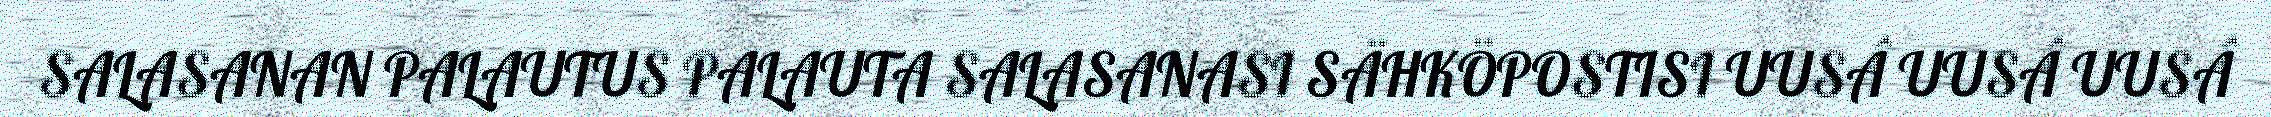
SALASANAN PALAUTUS PALAUTA SALASANASI SÄHKÖPOSTISI UUSÂ UUSÂ UUSÂ